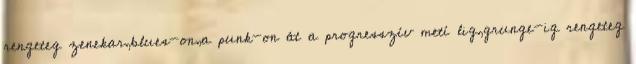
rengeteg zenekar,blues-on,a punk-on át a progresszí­v metí lig,grunge-ig rengeteg